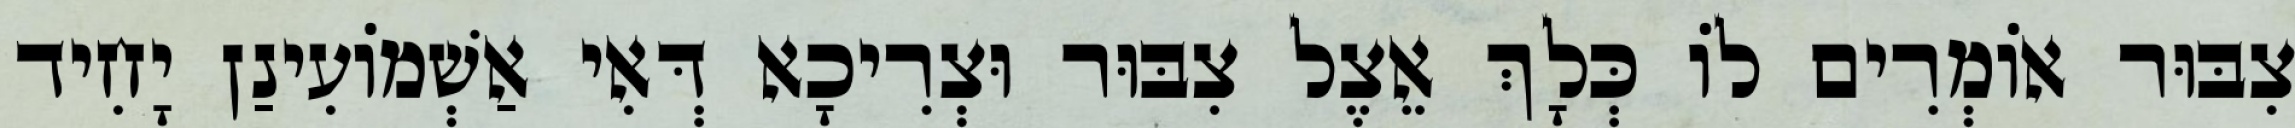
צִבּוּר אוֹמְרִים לוֹ כְּלָךְ אֵצֶל צִבּוּר וּצְרִיכָא דְּאִי אַשְׁמוֹעִינַן יָחִיד